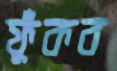
ফুঁকব